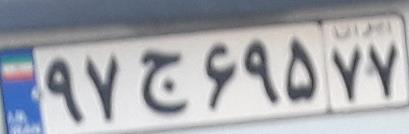
۹۷ج۶۹۵۷۷